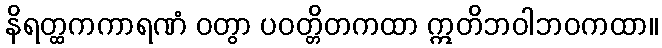
နိရတ္ထကကာရဏံ ဝတွာ ပဝတ္တိတကထာ ဣတိဘဝါဘဝကထာ။